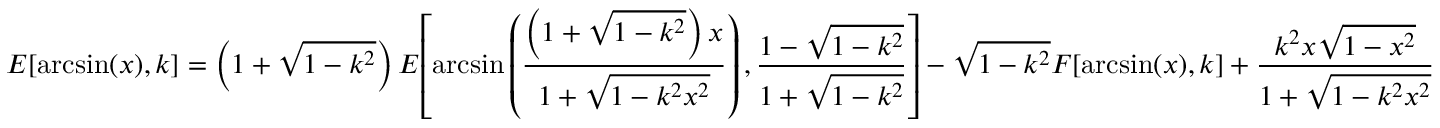
E { \left[ \arcsin ( x ) , k \right] } = \left( 1 + { \sqrt { 1 - k ^ { 2 } } } \right) E { \left[ \arcsin \left( { \frac { \left( 1 + { \sqrt { 1 - k ^ { 2 } } } \right) x } { 1 + { \sqrt { 1 - k ^ { 2 } x ^ { 2 } } } } } \right) , { \frac { 1 - { \sqrt { 1 - k ^ { 2 } } } } { 1 + { \sqrt { 1 - k ^ { 2 } } } } } \right] } - { \sqrt { 1 - k ^ { 2 } } } F { \left[ \arcsin ( x ) , k \right] } + { \frac { k ^ { 2 } x { \sqrt { 1 - x ^ { 2 } } } } { 1 + { \sqrt { 1 - k ^ { 2 } x ^ { 2 } } } } }